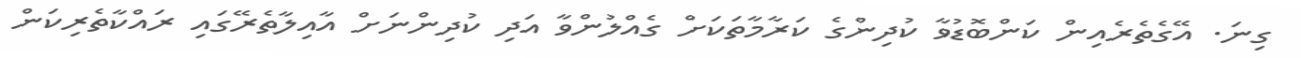
ގިނަ. އޭގެތެރެއިން ކަންބޮޑުވާ ކުދިންގެ ކަރާމާތަކަށް ގެއްލުންވާ އަދި ކުދިންނަށް އާއިލާތެރޭގައި ރައްކާތެރިކަން